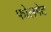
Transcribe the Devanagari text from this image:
फोलगेट